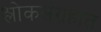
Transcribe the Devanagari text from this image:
श्लोकसंग्रहात